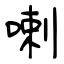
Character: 喇